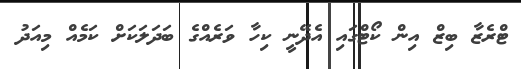
ޓްރެޒާ ބިޒް އިން ކޯޓްގައި އެދޭނީ ކިހާ ވަރެއްގެ ބަދަލަކަށް ކަމެއް މިއަދު